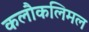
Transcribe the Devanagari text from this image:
कलौकलिमल